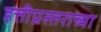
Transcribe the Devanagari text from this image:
हत्तीप्रस्तराच्या